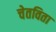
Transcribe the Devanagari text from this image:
चेतविता